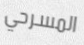
المسرحي